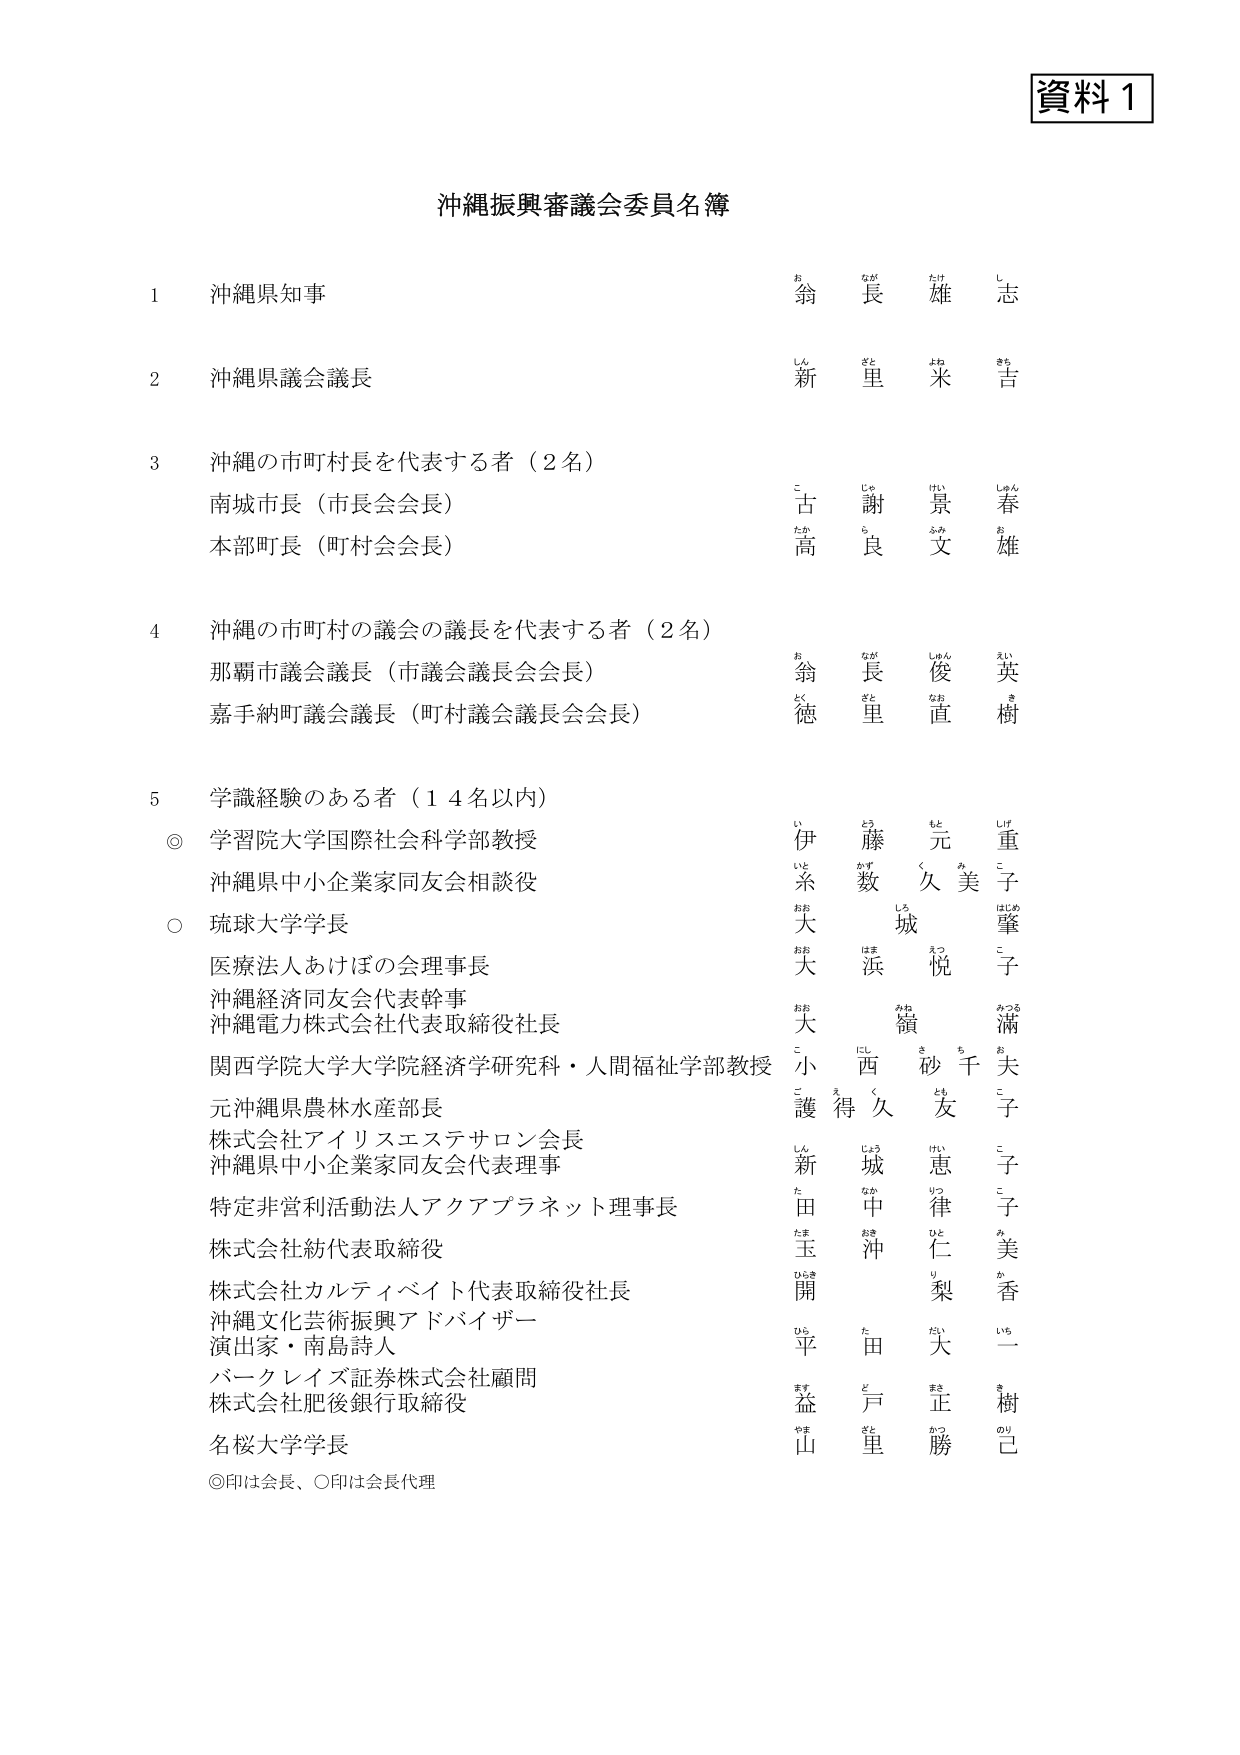
資料１

沖縄振興審議会委員名簿

1 沖縄県知事 翁 長 雄 志
2 沖縄県議会議長 新 里 米 吉
3 沖縄の市町村長を代表する者（2名）
　南城市長（市長会会長） 古 謝 景 春
　本部町長（町村会会長） 高 良 文 雄
4 沖縄の市町村の議会の議長を代表する者（2名）
　那覇市議会議長（市議会議長会会長） 翁 長 俊 英
　嘉手納町議会議長（町村議会議長会会長） 徳 里 直 樹
5 学識経験のある者（14名以内）
◎ 学習院大学国際社会学部教授 伊 藤 元 重
　沖縄県中小企業家同友会相談役 糸 数 久 美 子
○ 琉球大学学長 大 城 肇
　医療法人あけぼの会理事長 大 浜 悦 子
　沖縄経済同友会代表幹事 大 領 滿
　沖縄電力株式会社代表取締役社長 小 西 砂 千 夫
　関西学院大学大学院経済学研究科・人間福祉学部教授 護 得 久 友 子
　元沖縄県農林水産部長 新 城 恵 子
　株式会社アイリスエステサロン会長 田 中 律 子
　沖縄県中小企業家同友会代表理事 玉 沖 仁 美
　特定非営利活動法人アクアプラネット理事長 開 梨 香
　株式会社紡代表取締役 平 田 大 一
　株式会社カルティベイト代表取締役社長 益 戸 正 樹
　沖縄文化芸術振興アドバイザー 演出家・南島詩人 山 里 勝 己
　バークレイズ証券株式会社顧問
　株式会社肥後銀行取締役
　名桜大学学長
◎印は会長、○印は会長代理